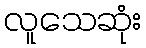
လူသေဆုံး